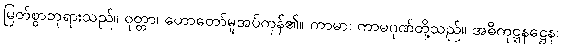
မြတ်စွာဘုရားသည်။ ဝုတ္တာ၊ ဟောတော်မူအပ်ကုန်၏။ ကာမာ၊ ကာမဂုဏ်တို့သည်။ အဓိကုဋ္ဋနဋ္ဌေန၊